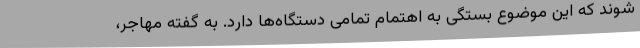
شوند که این موضوع بستگی به اهتمام تمامی دستگاه‌ها دارد. به گفته مهاجر،